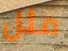
مثل